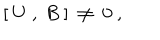
[ \ U \ , \ B \ ] \ \ne \ 0 \ ,